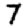
Digit: 7